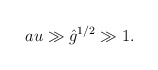
\begin{align*}au \gg {\hat g}^{1/2} \gg 1.\end{align*}